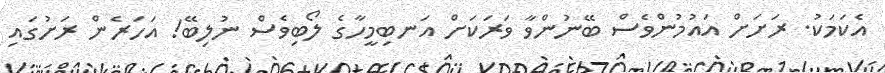
އެކަމަކު. ރަށަށް އައުމުންވެސް ބޭނުންވާ ވަރަކަށް އަނބިމީހާގެ ލޯބިވެސް ނުލިބޭ! އަހަރެން ރަށުގައި